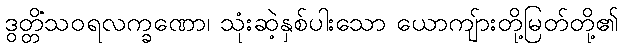
ဒွတ္တိံသဝရလက္ခဏော၊ သုံးဆဲ့နှစ်ပါးသော ယောကျ်ားတို့မြတ်တို့၏